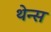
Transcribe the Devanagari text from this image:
थेन्स